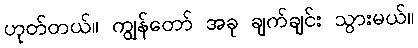
ဟုတ်တယ်။ ကျွန်တော် အခု ချက်ချင်း သွားမယ်။